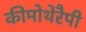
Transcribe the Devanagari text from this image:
कीमोथेरैपी